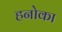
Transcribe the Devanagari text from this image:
हनोका